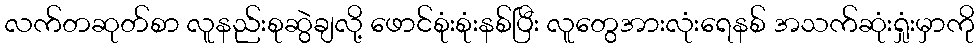
လက်တဆုတ်စာ လူနည်းစုဆွဲချလို့ ဖောင်စုံးစုံးနစ်ပြီး လူတွေအားလုံးရေနစ် အသက်ဆုံးရှုံးမှာကို